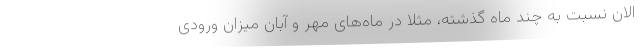
الان نسبت به چند ماه گذشته، مثلا در ماه‌های مهر و آبان میزان ورودی